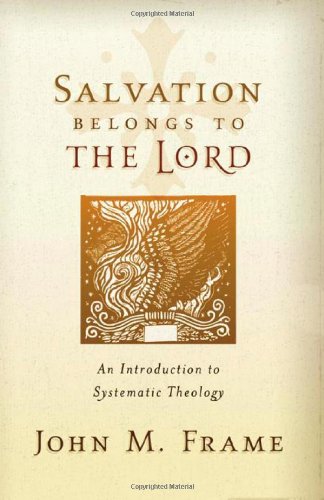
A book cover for Salvation Belongs to the Lord: An Introduction to Systematic Theology; John M. Frame; Christian Books & Bibles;